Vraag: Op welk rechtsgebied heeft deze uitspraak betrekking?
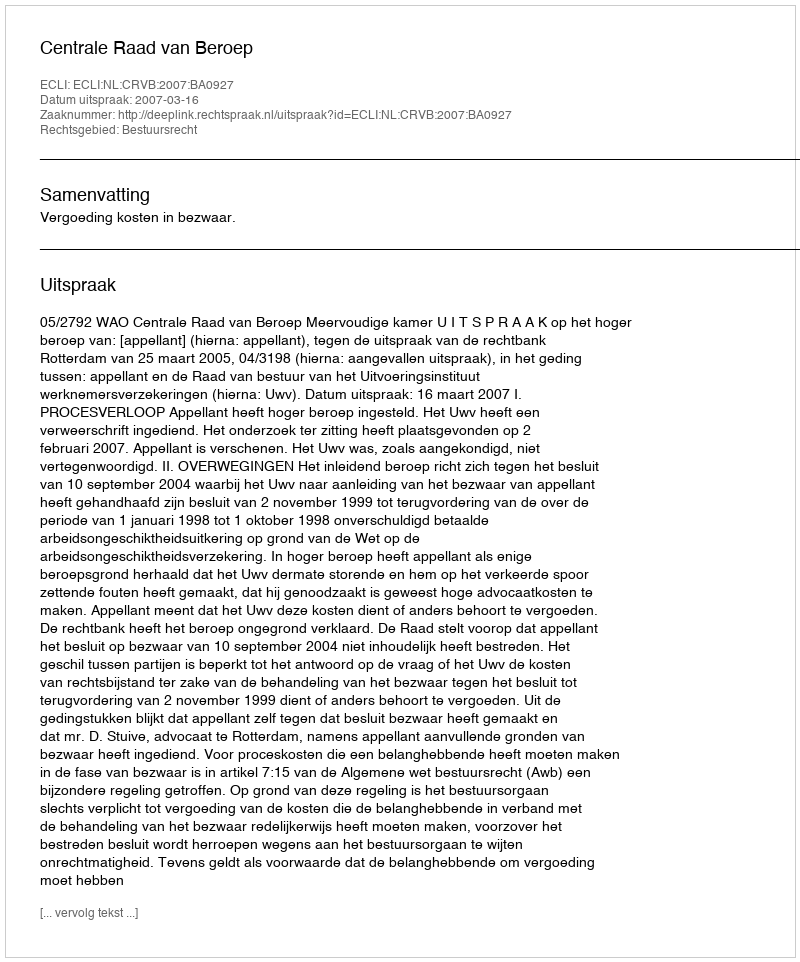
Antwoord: Bestuursrecht